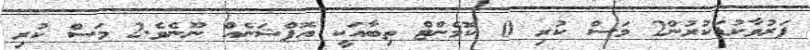
ފަރުވާކުޑަކުރުން2 މަސް ކުރި 0 ކޮމެންޓް ތިބާއަކީ އޮޕްޝަނެއް ނޫނެވެ.2 މަސް ކުރި